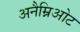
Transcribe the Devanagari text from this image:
अनैम्निओट